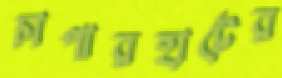
চাপারহাটের